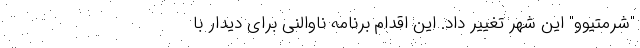
"شرمتیوو" این شهر تغییر داد. این اقدام برنامه ناوالنی برای دیدار با